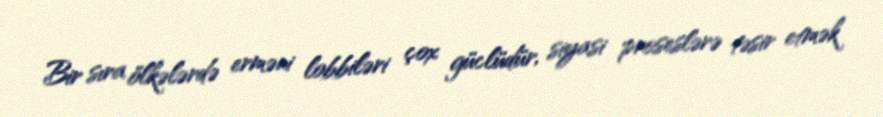
Bir sıra ölkələrdə erməni lobbiləri çox güclüdür, siyasi proseslərə təsir etmək